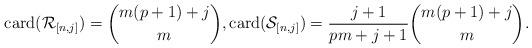
LaTeX: \begin{align*}\mathrm{card}(\mathcal{R}_{[n,j]})=\binom{m(p+1)+j}{m},\mathrm{card}(\mathcal{S}_{[n,j]})=\frac{j+1}{pm+j+1}\binom{m(p+1)+j}{m}.\end{align*}